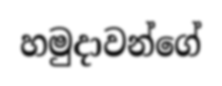
හමුදාවන්ගේ